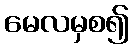
မေလမှစ၍